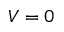
V = 0